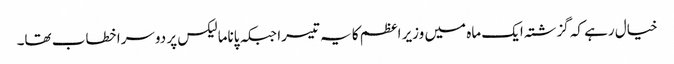
خیال رہے کہ گزشتہ ایک ماہ میں وزیر اعظم کا یہ تیسرا جبکہ پاناما لیکس پر دوسرا خطاب تھا۔